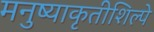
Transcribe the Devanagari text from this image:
मनुष्याकृतीशिल्पे